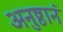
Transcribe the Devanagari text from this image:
अनुष्ठानं